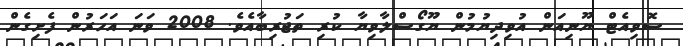
ސޮވިއެޓް ޔޫނިއަން އުވިދިޔުމުން ޔޫގޯސްލާވިޔާ ކުރި ތަޖުރިބާއެވެ. 2008 ވަނަ އަހަރުން ފެށިގެން